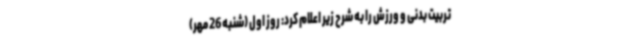
تربیت بدنی و ورزش را به شرح زیر اعلام کرد: روز اول (شنبه 26 مهر)